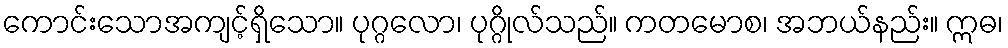
ကောင်းသောအကျင့်ရှိသော။ ပုဂ္ဂလော၊ ပုဂ္ဂိုလ်သည်။ ကတမောစ၊ အဘယ်နည်း။ ဣဓ၊